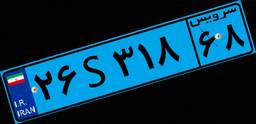
۲۶S۷۱۶۸۱